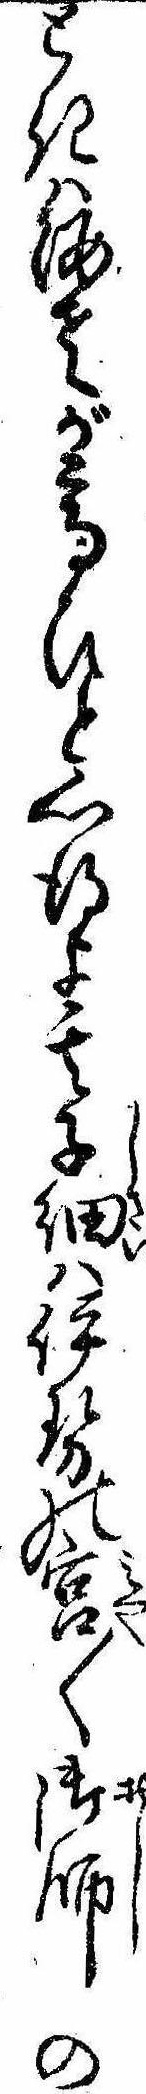
ときは海老が高ひと心得よ其子細は伊勢の宮〱御師の